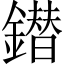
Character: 鐟